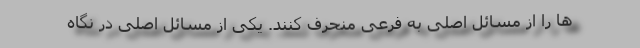
ها را از مسائل اصلی به فرعی منحرف کنند. یکی از مسائل اصلی در نگاه